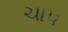
ચાપ